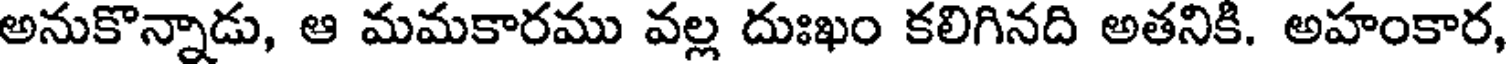
అనుకొన్నాడు, ఆ మమకారము వల్ల దుఃఖం కలిగినది అతనికి. అహంకార,